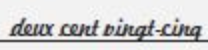
deux cent vingt-cinq